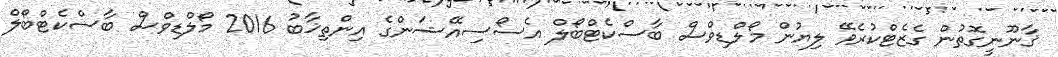
ޤާނޫނީގޮތުން ގެޒެޓްކުރެވޭ ލިޔުން މޯލްޑިވްސް ބާސްކެޓްބޯލް އެސޯސިއޭޝަންގެ އިންތިޚާބު 2016 މޯލްޑިވްސް ބާސްކެޓްބޯލް